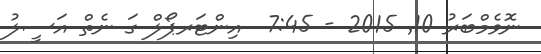
ނޮވެމްބަރު 10